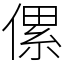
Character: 傫